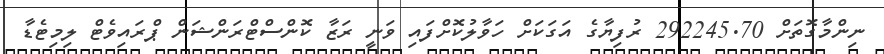
ނިންމާގޮތަށް 292245.70 ރުފިޔާގެ އަގަކަށް ހަވާލުކޮށްފައި ވަނީ ރަޒާ ކޮންސްޓްރަންޝަން ޕްރައިވެޓް ލިމިޓެޑާ